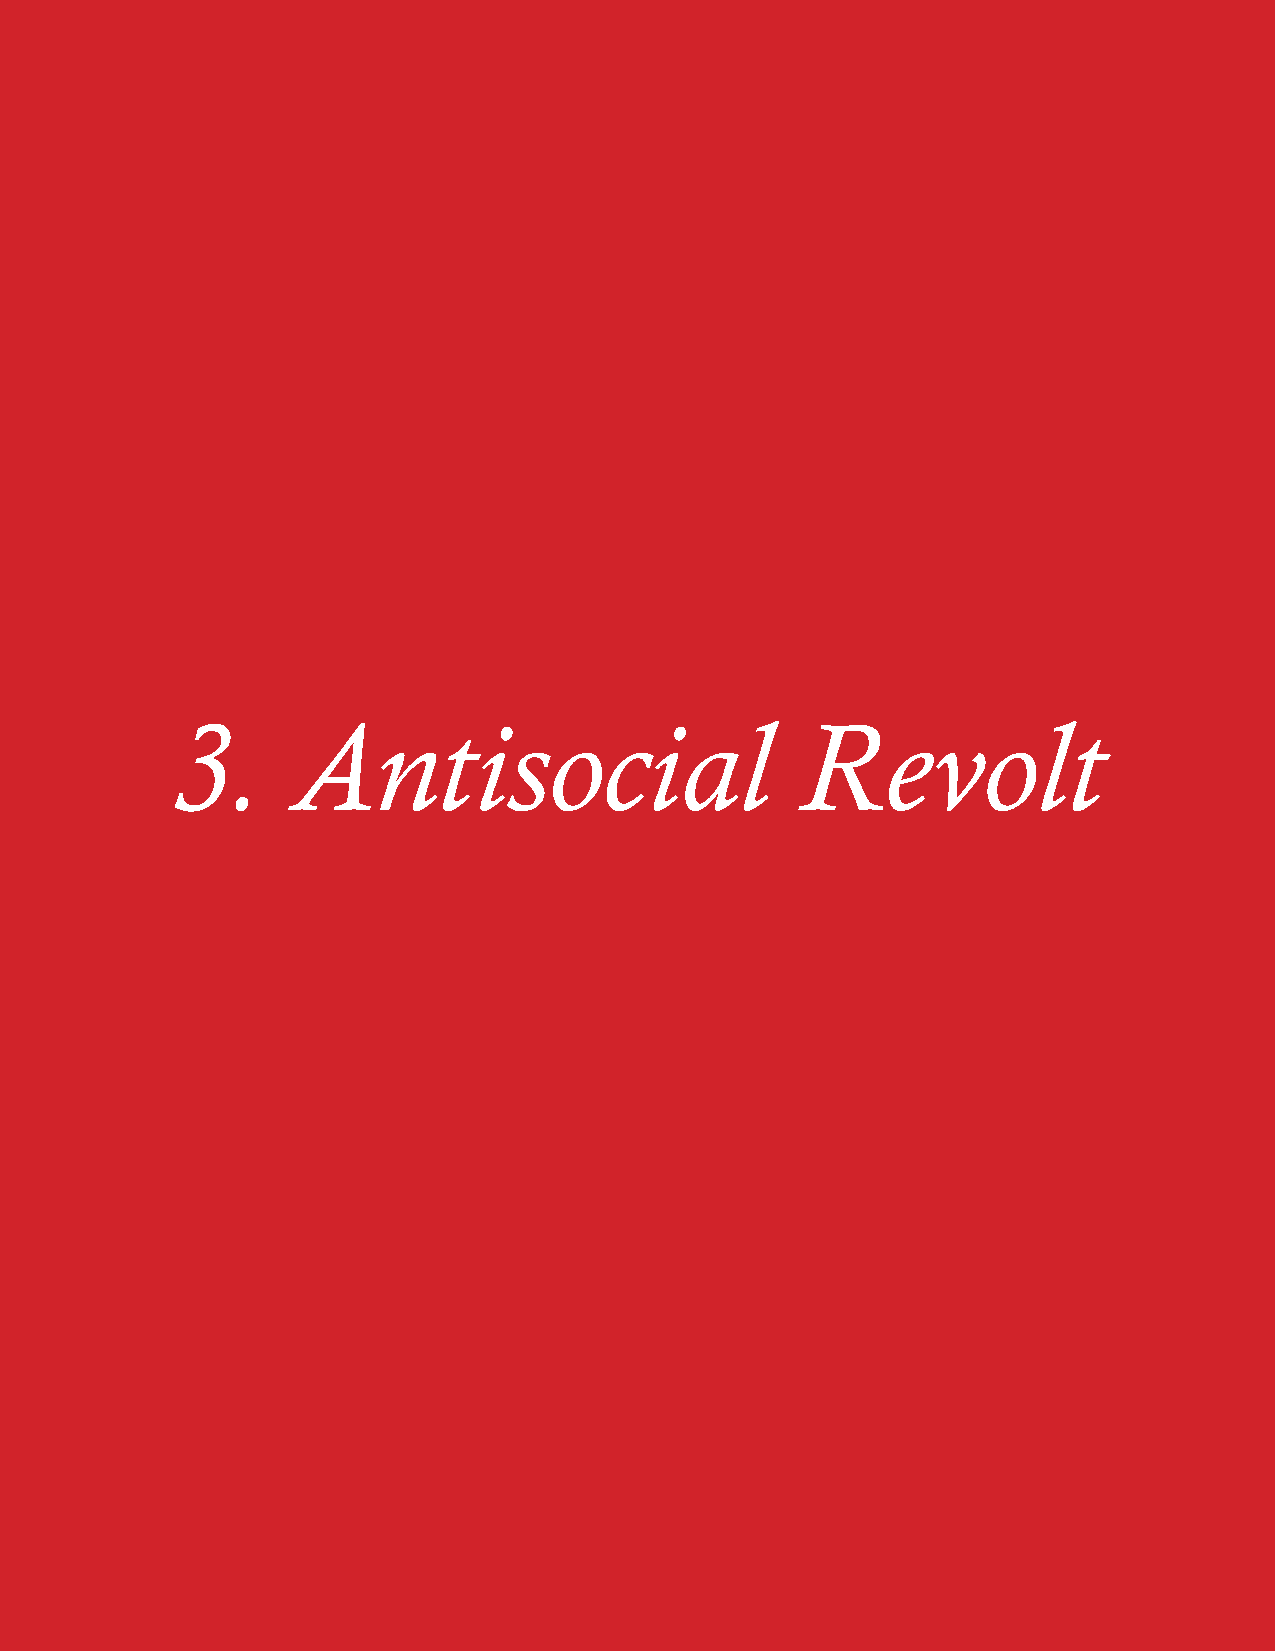
3.      Antisocial                        Revolt